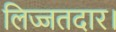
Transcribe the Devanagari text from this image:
लिज्जतदार।